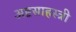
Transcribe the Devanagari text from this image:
अष्टसाहस्त्री